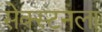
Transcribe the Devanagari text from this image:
सेक्स्टनला